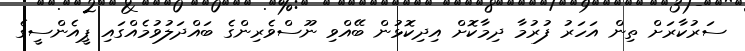
ސަރުކާރަށް ތިން އަހަރު ފުރުމާ ދިމާކޮށް އިދިކޮޅުން ބޭއްވި ނޫސްވެރިންގެ ބައްދަލުވުމެއްގައި ޕީއެންސީގެ